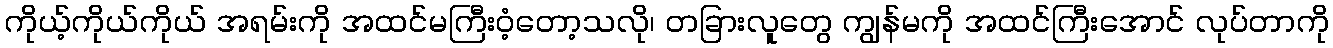
ကိုယ့်ကိုယ်ကိုယ် အရမ်းကို အထင်မကြီးဝံ့တော့သလို၊ တခြားလူတွေ ကျွန်မကို အထင်ကြီးအောင် လုပ်တာကို